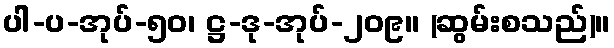
ပါ-ပ-အုပ်-၅၀၊ ဋ္ဌ-ဒု-အုပ်-၂၀၉။ (ဆွမ်းစသည်)။